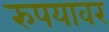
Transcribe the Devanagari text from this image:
रुपयावर